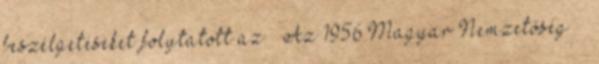
beszélgetéseket folytatott az ” Az 1956 Magyar Nemzetőség” –